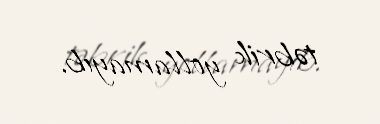
təbrik yollamayıb.